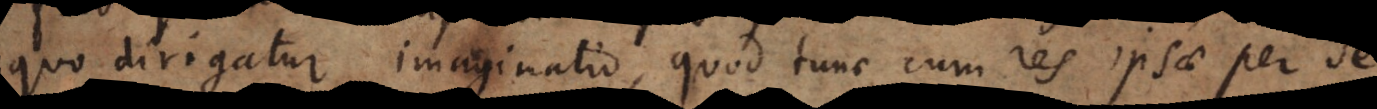
quo dirigatur imaginatio, quod tunc cum res ipsae imagin